Civil Veterinary Dept. Assam report 1927-50 - 1927-1950
Year: 1927
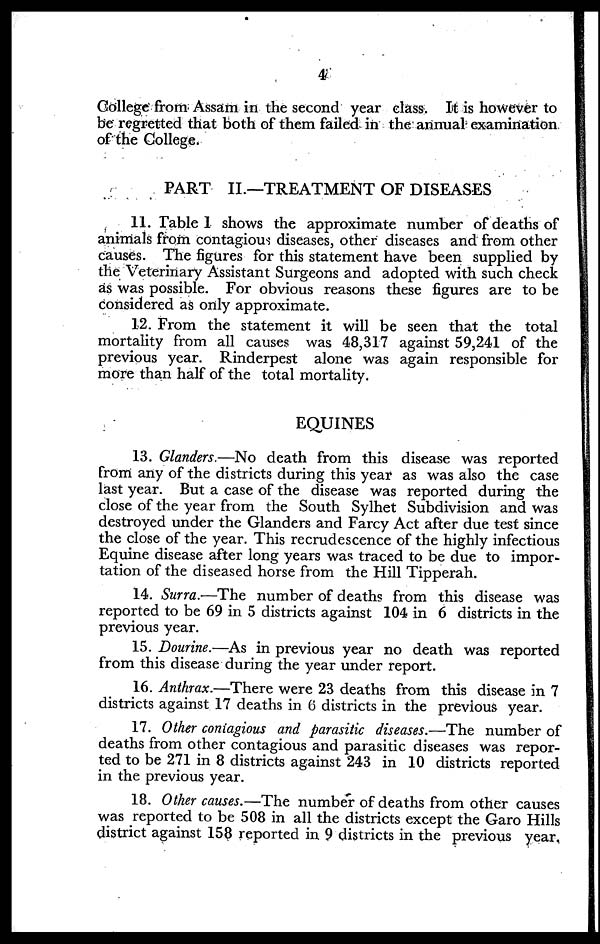
4
College from Assam in the second year class. It is however to
be regretted that both of them failed in the annual examination
of the College.
PART II.—TREATMENT OF DISEASES
11. Table 1 shows the approximate number of deaths of
animals from contagious diseases, other diseases and from other
causes. The figures for this statement have been supplied by
the Veterinary Assistant Surgeons and adopted with such check
as was possible. For obvious reasons these figures are to be
considered as only approximate.
12. From the statement it will be seen that the total
mortality from all causes was 48,317 against 59,241 of the
previous year. Rinderpest alone was again responsible for
more than half of the total mortality.
EQUINES
13. Glanders.—No death from this disease was reported
from any of the districts during this year as was also the case
last year. But a case of the disease was reported during the
close of the year from the South Sylhet Subdivision and was
destroyed under the Glanders and Farcy Act after due test since
the close of the year. This recrudescence of the highly infectious
Equine disease after long years was traced to be due to impor-
tation of the diseased horse from the Hill Tipperah.
14. Surra.—The number of deaths from this disease was
reported to be 69 in 5 districts against 104 in 6 districts in the
previous year.
15. Dourine.—As in previous year no death was reported
from this disease during the year under report.
16. Anthrax.—There were 23 deaths from this disease in 7
districts against 17 deaths in 6 districts in the previous year.
17. Other coniagious and parasitic diseases.—The number of
deaths from other contagious and parasitic diseases was repor-
ted to be 271 in 8 districts against 243 in 10 districts reported
in the previous year.
18. Other causes.—The number of deaths from other causes
was reported to be 508 in all the districts except the Garo Hills
district against 158 reported in 9 districts in the previous year.